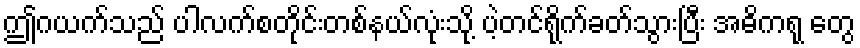
ဤဂယက်သည် ပါလက်စတိုင်းတစ်နယ်လုံးသို့ ပဲ့တင်ရိုက်ခတ်သွားပြီး အဓိကရု တွေ